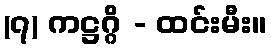
(၇) ကဋ္ဌဂ္ဂိ - ထင်းမီး။